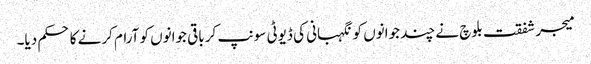
میجر شفقت بلوچ نے چند جوانوں کو نگہبانی کی ڈیوٹی سونپ کر باقی جوانوں کو آرام کرنے کا حکم دیا۔